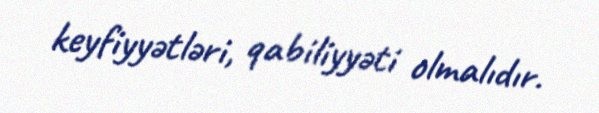
keyfiyyətləri, qabiliyyəti olmalıdır.